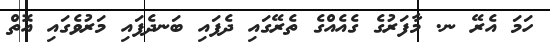
ހަމަ އެރޭ ނ. މާފަރުގެ ގެއެއްގެ ތެރޭގައި ދެފައި ބަނދެފައި މަރުވެގައި އޮތް